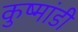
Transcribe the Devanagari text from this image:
कुष्मांडी